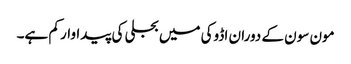
مون سون کے دوران اڈوکی میں بجلی کی پیداوار کم ہے۔